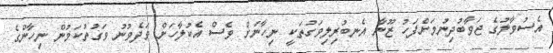
އެސުވާލުގެ ޖަވާބުދިނުމަށްފަހު ޒޫނާ އެނބުރިލިވަގުތަކީ ނިހާނަށް ވެސް އެކުލާހަށް ވަދެވުނު ވަގުތުކަމުން ނިހާންގެ